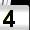
Digit: 4